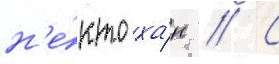
н'е́кто ха́н // С